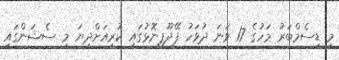
މި ޑިސެމްބަރު މަހުގެ 17 ވަނަ ދުވަހު ފޭދޫފިނޮޅުގައި ކުރިއަށްދިޔަ މި ސެޝަންގައި